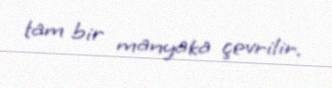
tam bir manyaka çevrilir.